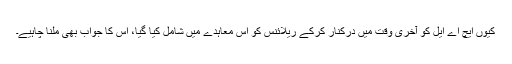
کیوں ایچ اے ایل کو آخری وقت میں درکنار کرکے ریلائنس کو اس معاہدے میں شامل کیا گیا، اس کا جواب بھی ملنا چاہیے۔